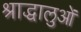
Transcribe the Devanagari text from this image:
श्राद्धालुओं